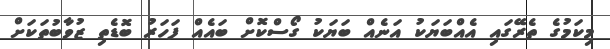
މިކަމުގެ ތެރޭގައި އެއްބަޔަކު އަނެއް ބަޔަކު ގޯސްކޮށް ބައެއް ފަހަރު ބޮޑެތި ޒުވާބުތަކަށް